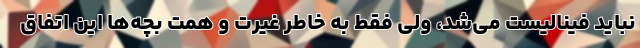
نباید فینالیست می‌شد، ولی فقط به خاطر غیرت و همت بچه‌ها این اتفاق